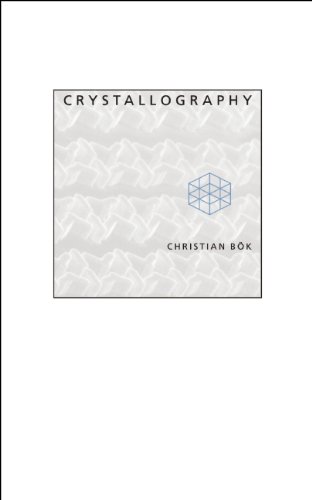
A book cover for Crystallography; Christian BÃ¶k; Science & Math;